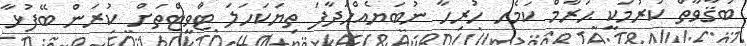
ބަޤާވާތް ކުރުމަކީ ޙަރާމް ކަމެހ ހުރިހާ ނުބަޔެއްހަދާފަ ތިޔަކަަަހަލަ ޓްވީޓްތަށް ކުރަން ބޭފުޅާ